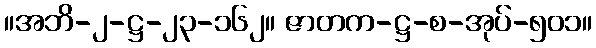
။အဘိ-၂-ဋ္ဌ-၂၃-၁၆၂။ ဇာတက-ဋ္ဌ-စ-အုပ်-၅၀၁။